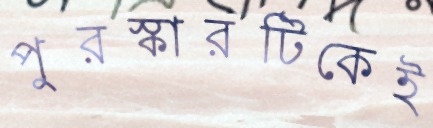
পুরস্কারটিকেই